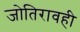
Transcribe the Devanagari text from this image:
जोतिरावही